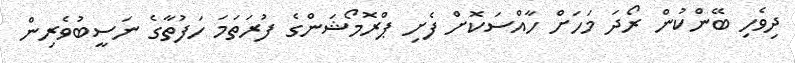
ދިވެހި ބޭންކުން ރޯދަ މަހަށް ހާއްސަކޮށް ފެށި ޕްރޮމޯޝަންގެ ފުރަތަމަ ހަފުތާގެ ނަސީބުވެރިން